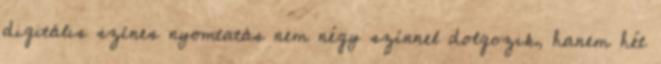
digitális színes nyomtatás nem négy színnel dolgozik, hanem hét